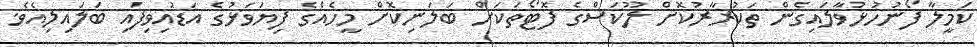
ކަމީލާ ފޯނުހުޅުވާލައިގެން ތަކުރާރުކޮށް ލޫކަސްގެ ފޮޓޯތަކަށް ބަލަނިކޮށް މީހެއްގެ ފިޔަވަޅުގެ އަޑުއިވިފައި ބަލައިލިއެވެ.